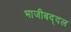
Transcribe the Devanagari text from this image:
भाजीबद्दल